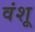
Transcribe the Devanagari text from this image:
वंशू